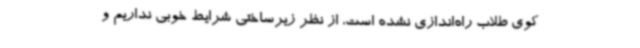
کوی طلاب راه‌اندازی نشده است، از نظر زیرساختی شرایط خوبی نداریم و